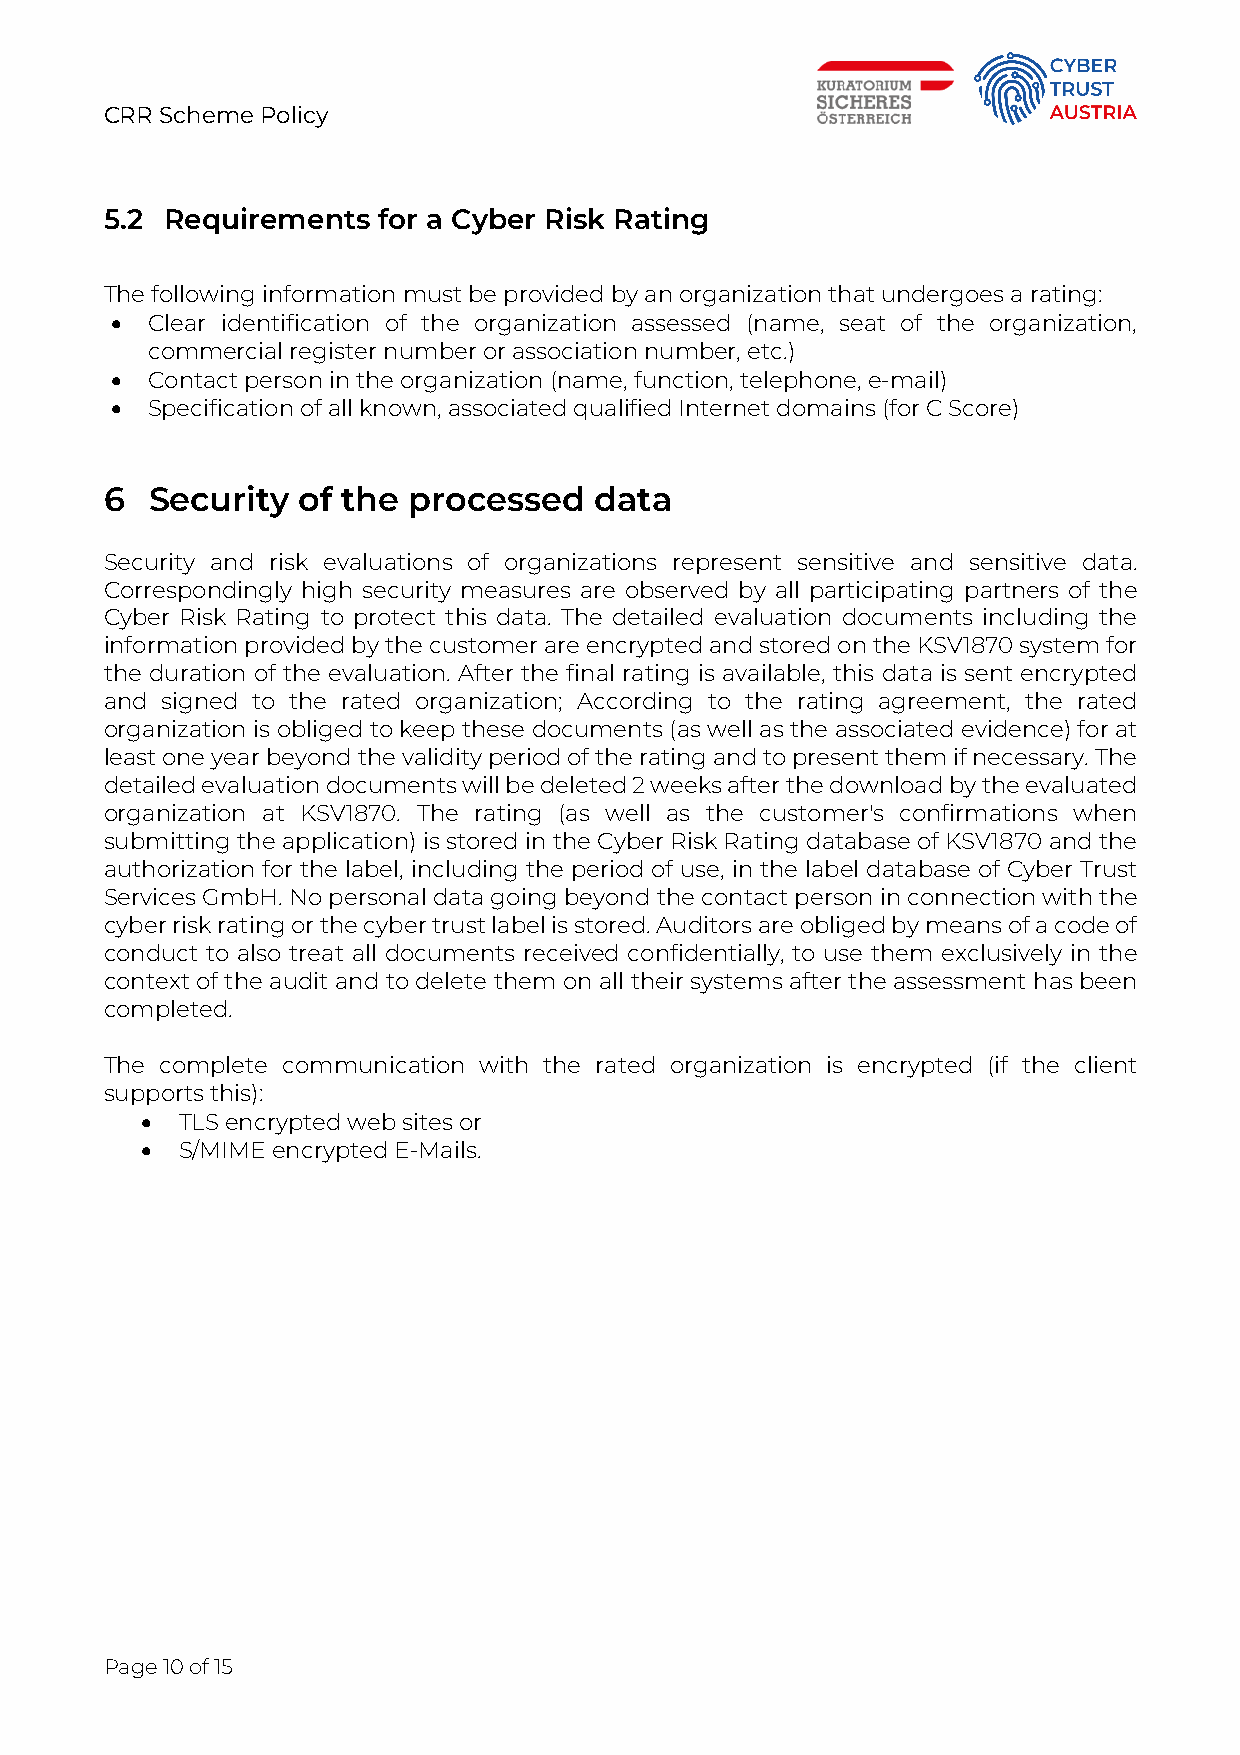
CRR Scheme Policy
 5.2 Requirements  for a Cyber Risk Rating
 The following information must be provided by an organization that undergoes a rating:
 •  Clear identification of the organization assessed (name, seat of the organization,
 commercial register number or association number, etc.)
 •  Contact person in the organization (name, function, telephone, e-mail)
 •  Specification of all known, associated qualified Internet domains (for C Score)
 6  Security  of the processed   data
 Security and risk evaluations of organizations represent sensitive and sensitive data.
 Correspondingly high security measures are observed by all participating partners of the
 Cyber Risk Rating to protect this data. The detailed evaluation documents including the
 information provided by the customer are encrypted and stored on the KSV1870 system for
 the duration of the evaluation. After the final rating is available, this data is sent encrypted
 and signed to the rated organization; According to the rating agreement, the rated
 organization is obliged to keep these documents (as well as the associated evidence) for at
 least one year beyond the validity period of the rating and to present them if necessary. The
 detailed evaluation documents will be deleted 2 weeks after the download by the evaluated
 organization at KSV1870. The rating (as well as the customer's confirmations when
 submitting the application) is stored in the Cyber Risk Rating database of KSV1870 and the
 authorization for the label, including the period of use, in the label database of Cyber Trust
 Services GmbH. No personal data going beyond the contact person in connection with the
 cyber risk rating or the cyber trust label is stored. Auditors are obliged by means of a code of
 conduct to also treat all documents received confidentially, to use them exclusively in the
 context of the audit and to delete them on all their systems after the assessment has been
 completed.
 The complete communication with the rated organization is encrypted (if the client
 supports this):
 •  TLS encrypted web sites or
 •  S/MIME encrypted E-Mails.
 Page 10 of 15